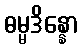
ဓမ္မဒိန္နော